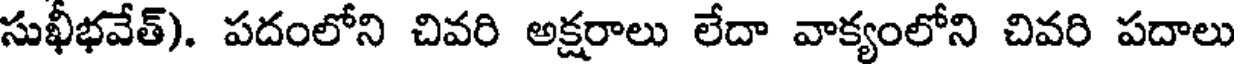
సుఖీభవేత్). పదంలోని చివరి అక్షరాలు లేదా వాక్యంలోని చివరి పదాలు